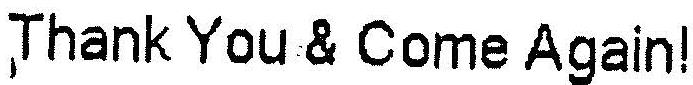
THANK YOU & COME AGAIN!